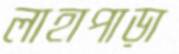
লাহাপাড়া